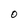
Character: o